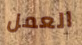
العمل